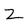
Character: z